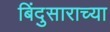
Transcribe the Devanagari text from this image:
बिंदुसाराच्या